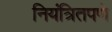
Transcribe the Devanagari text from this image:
नियंत्रितपणे